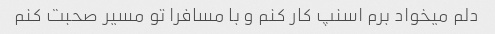
دلم میخواد برم اسنپ کار کنم و با مسافرا تو مسیر صحبت کنم